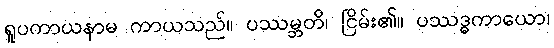
ရူပကာယနာမ ကာယသည်။ ပဿမ္ဘတိ၊ ငြိမ်း၏။ ပဿဒ္ဓကာယော၊